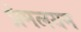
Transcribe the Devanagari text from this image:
प्रेमलयम